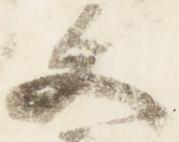
文